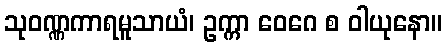
သုဝဏ္ဏကာရမူသာယံ၊ ဥက္ကာ ဝေဂေ စ ဝါယုနော။